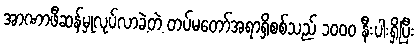
အာဏာဖီဆန်မှုလုပ်လာခဲ့တဲ့ တပ်မတော်အရာရှိစစ်သည် ၁၀၀၀ နီးပါးရှိပြီး